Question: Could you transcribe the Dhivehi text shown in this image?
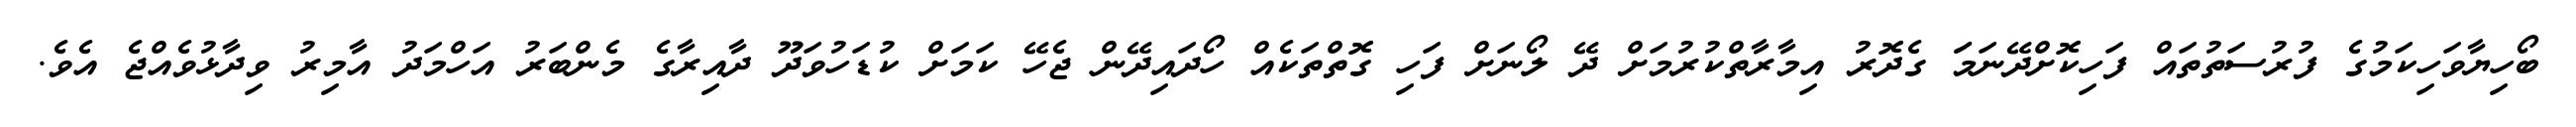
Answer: ބޯހިޔާވަހިކަމުގެ ފުރުސަތުތައް ފަހިކޮށްދޭނަމަަ ގެދޮރު އިމާރާތްކުރުމަށް ދޭ ލޯނަށް ފަހި ގޮތްތަކެއް ހޯދައިދޭން ޖެހޭ ކަމަށް ކުޑަހުވަދޫ ދާއިރާގެ މެންބަރު އަހްމަދު އާމިރު ވިދާޅުވެއްޖެ އެވެ.